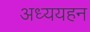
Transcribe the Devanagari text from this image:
अध्ययहन